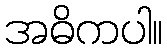
အဓိကပါ။